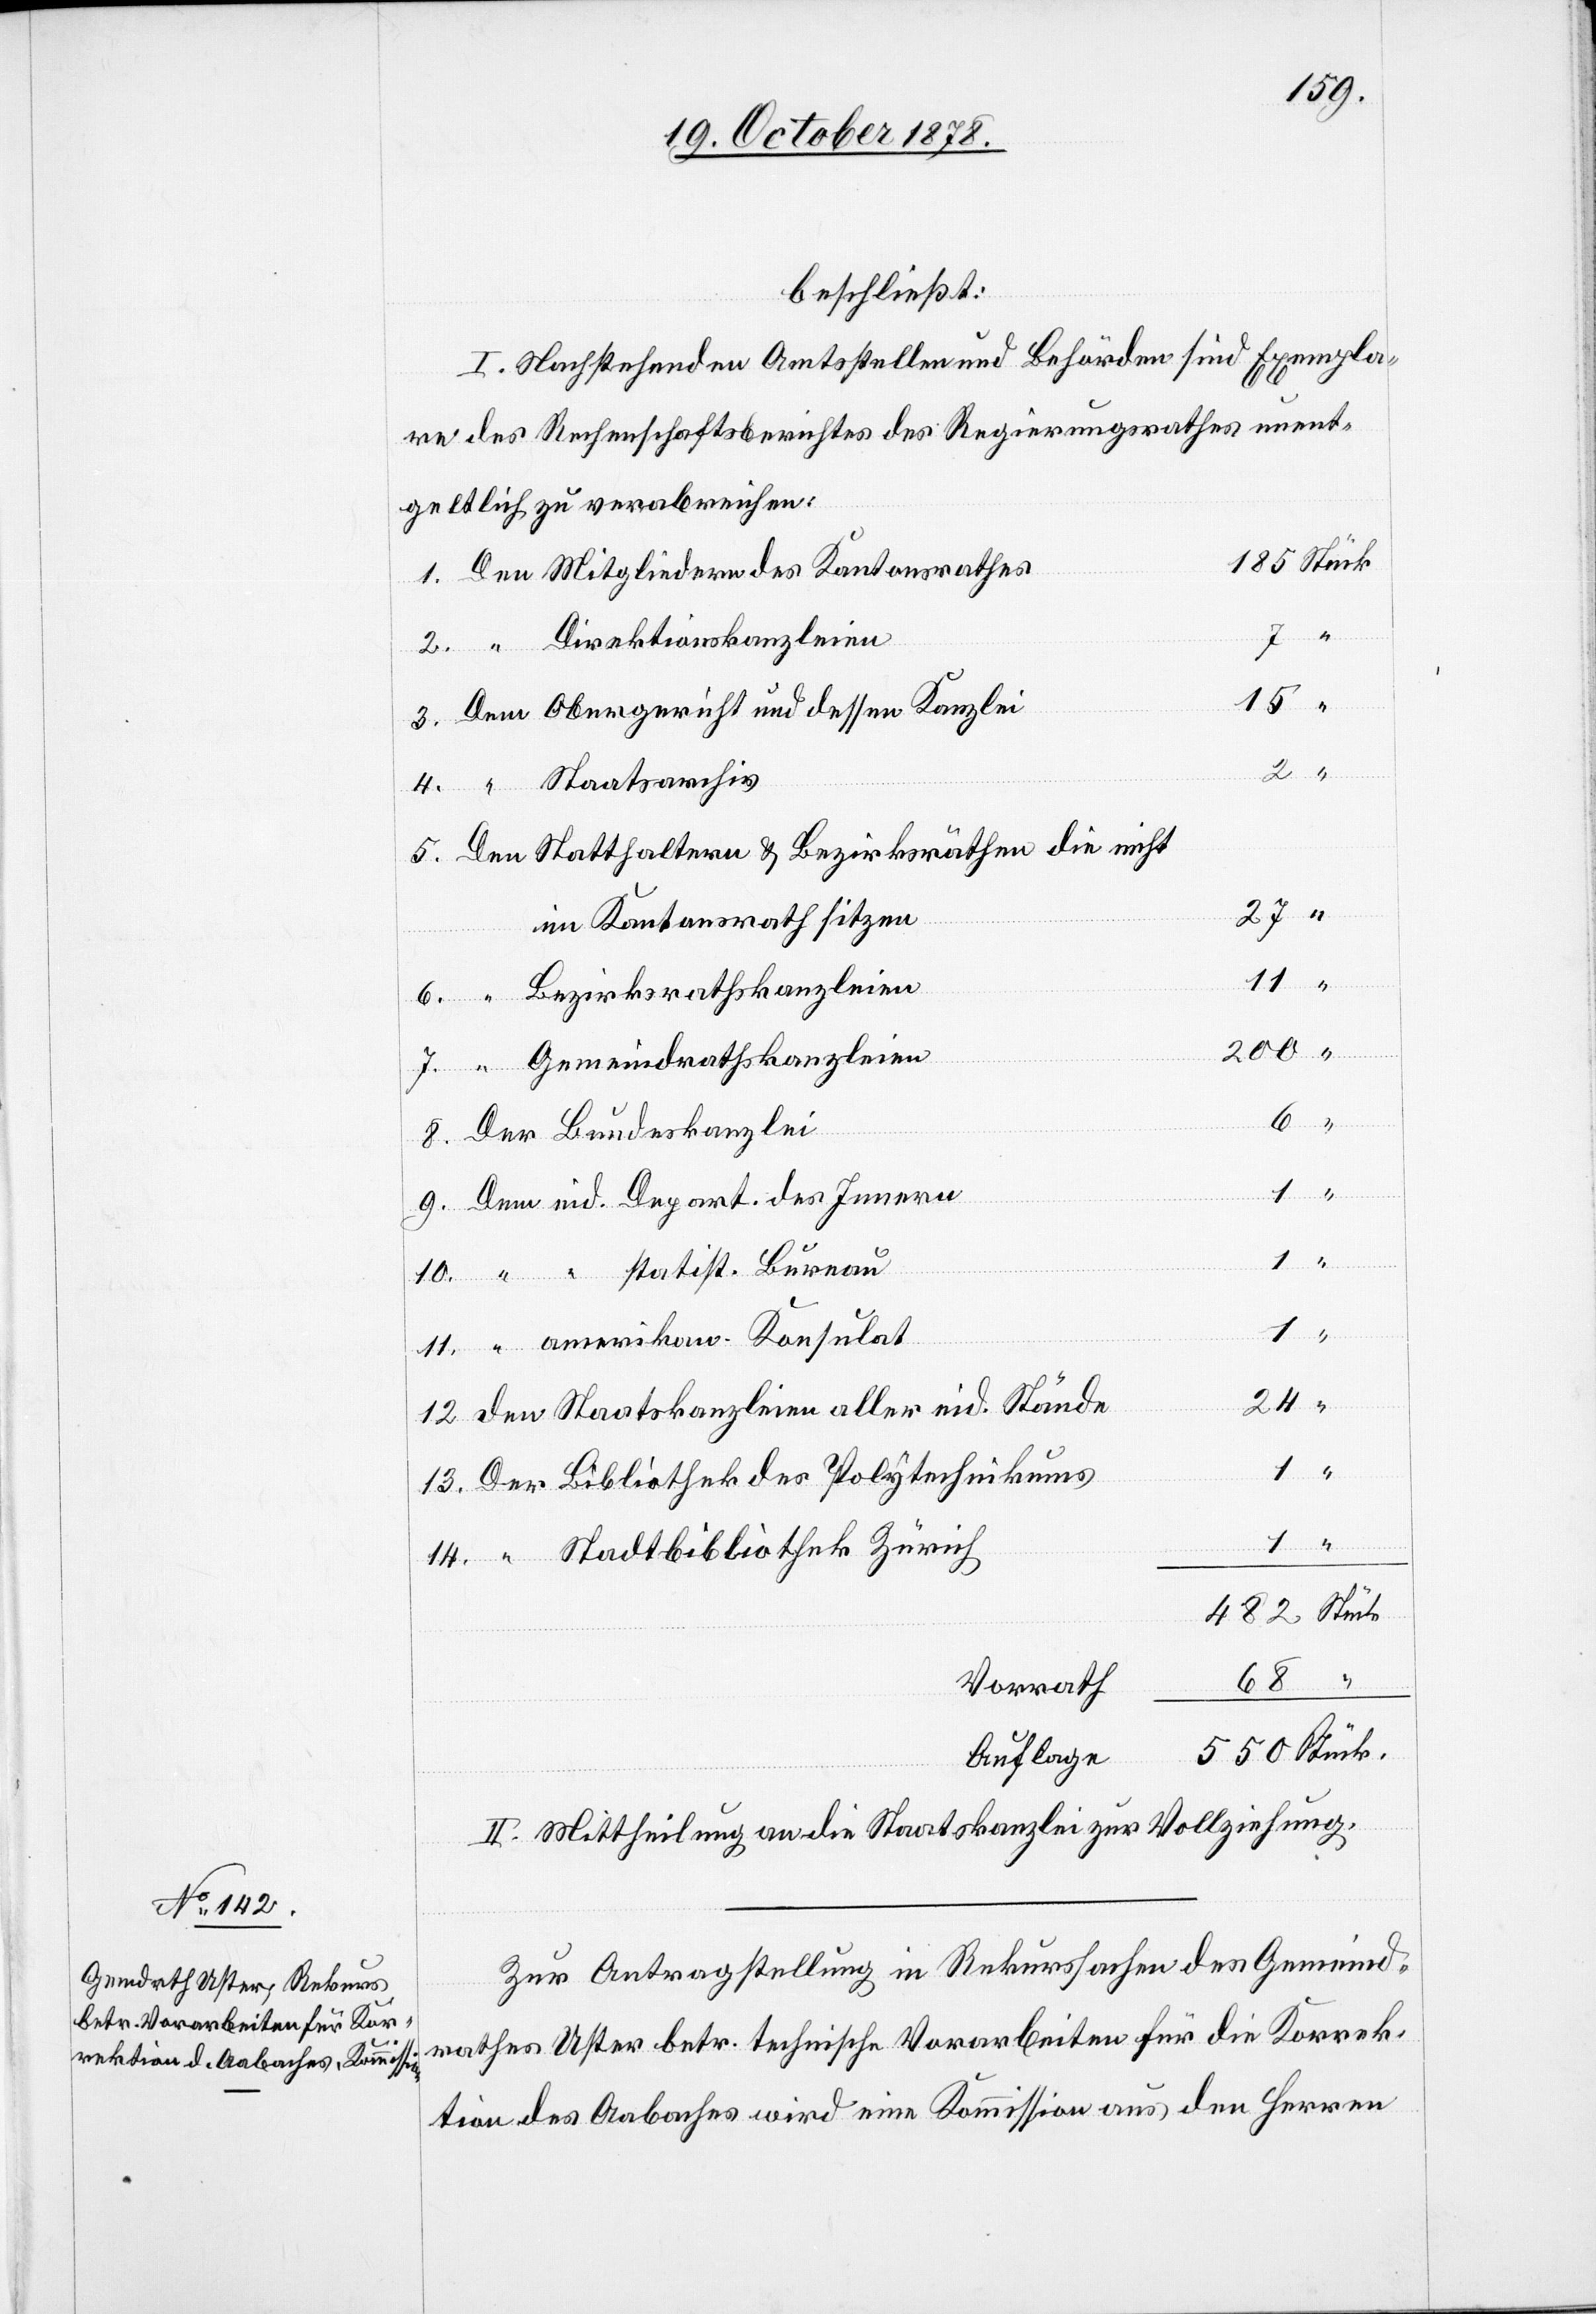
14.
beschließt:
I. Nachstehenden Amtsstellen und Behörden sind Exempla¬
re des Rechenschaftsberichtes des Regierungsrathes unent¬
geltlich zu verabreichen:
Den Mitgliedern des Kantonsrathes
“ Direktionskanzleien
Dem Obergericht und dessen Kanzlei
4.
“ Staatsarchiv
Den Statthaltern & Bezirksräthen die nicht
im Kantonsrath sitzen
Bezirksrathskanzleien
“ Gemeindrathskanzleien
Der Bundeskanzlei
Dem eid. Depart. des Innern
“ “ statist. Bureau
11.
“ amerikan. Konsulat
Den Staatskanzleien aller eid. Stände
13.
Der Bibliothek des Polytechnikums
“ Stadtbibliothek Zürich
12.
Vorrath
Auflage
II. Mittheilung an die Staatskanzlei zur Vollziehung.
Zur Antragstellung in Rekurssachen des Gemeind¬
rathes Uster betr. technische Vorarbeiten für die Korrek¬
tion des Aabaches wird eine Kommission aus den Herren